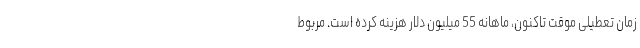
زمان تعطیلی موقت تاکنون، ماهانه 55 میلیون دلار هزینه کرده است. مربوط